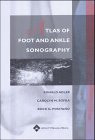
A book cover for Atlas of Foot and Ankle Sonography; Ronald S. Adler PhD  MD; Medical Books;